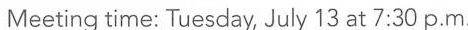
Meeting time: Tuesday, July 13 at 7:30 p.m.